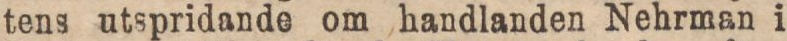
tens utspridande om handlanden Nehrman i